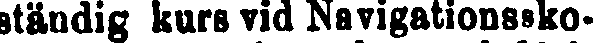
ständig kurs vid Navigationssko-